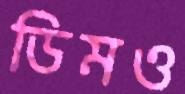
ডিমও